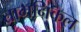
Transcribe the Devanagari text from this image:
ताम्रनिकल